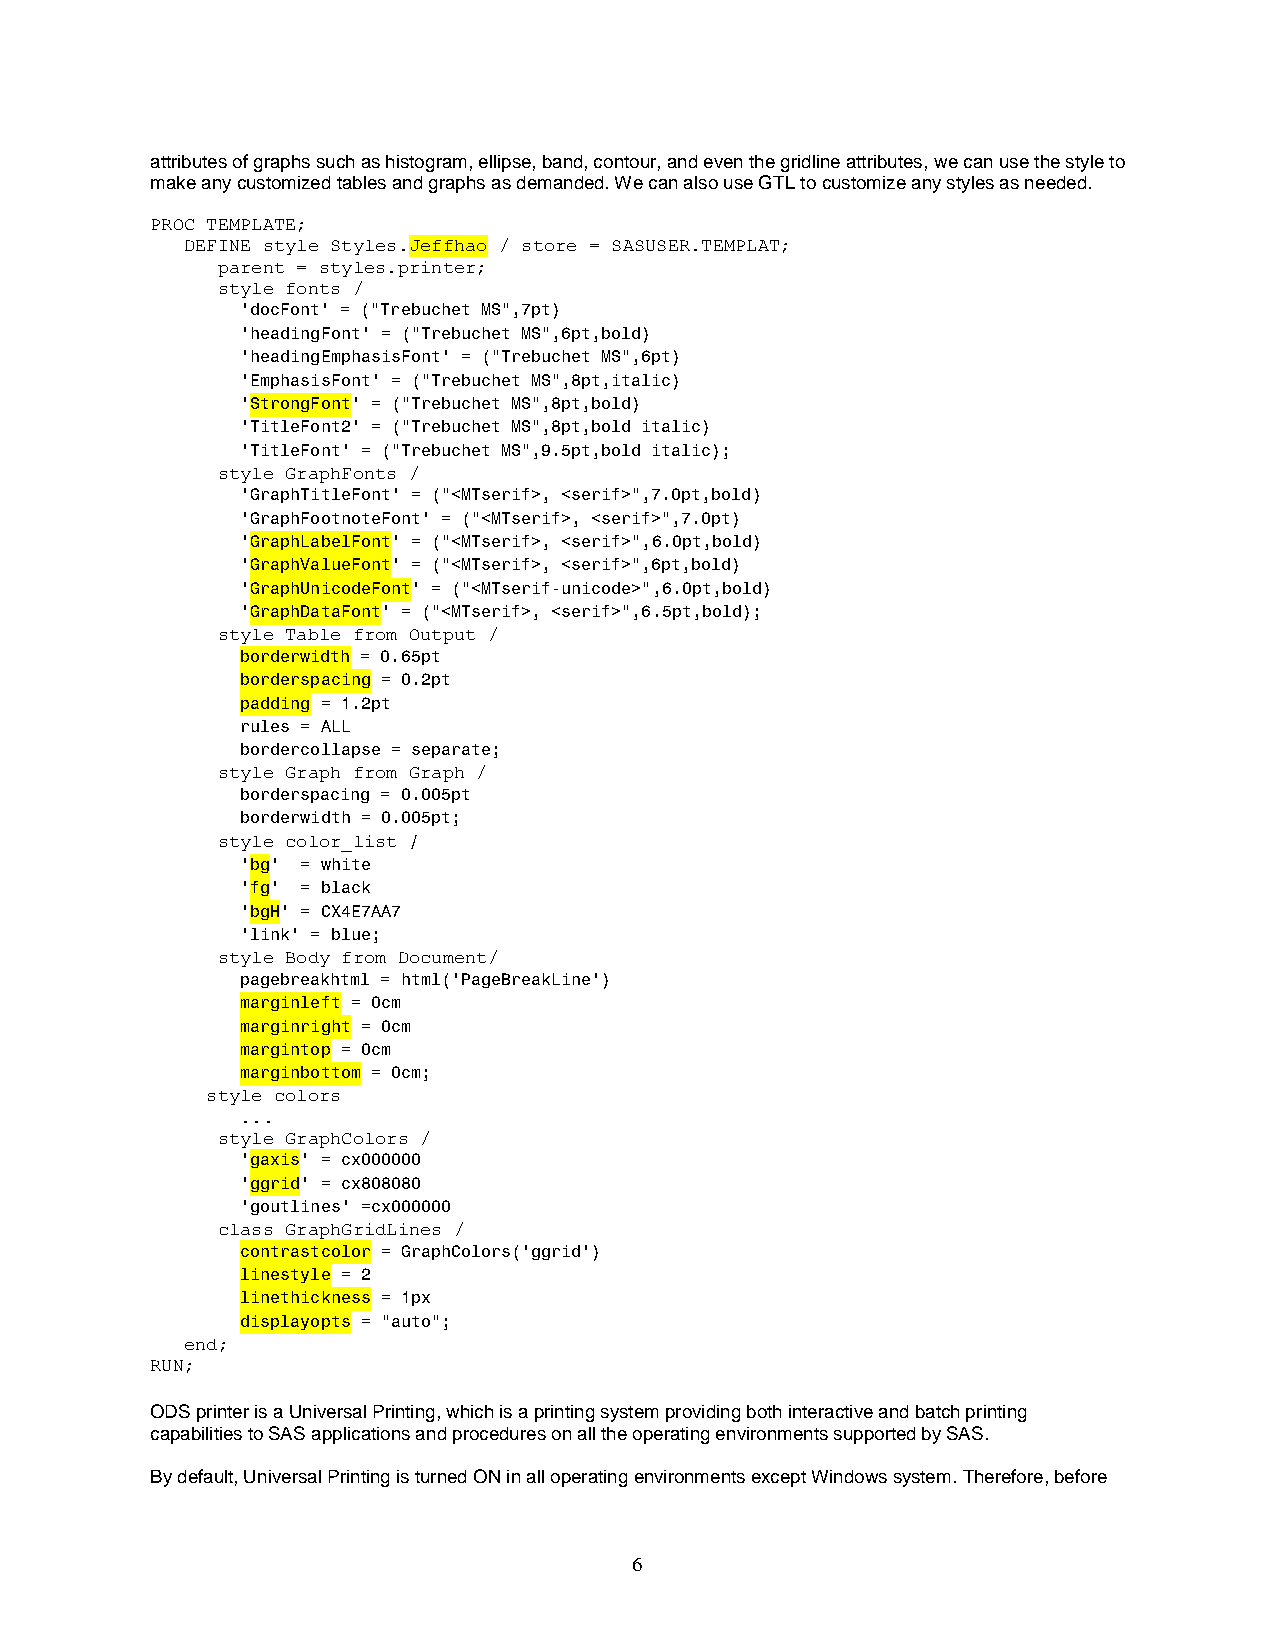
attributes of graphs such as histogram, ellipse, band, contour, and even the gridline attributes, we can use the style to
 make any customized tables and graphs as demanded. We can also use GTL to customize any styles as needed.
 PROC TEMPLATE;
 DEFINE style Styles.Jeffhao / store = SASUSER.TEMPLAT;
 parent = styles.printer;
 style fonts /
 'docFont' = ("Trebuchet MS",7pt)
 'headingFont' = ("Trebuchet MS",6pt,bold)
 'headingEmphasisFont' = ("Trebuchet MS",6pt)
 'EmphasisFont' = ("Trebuchet MS",8pt,italic)
 'StrongFont' = ("Trebuchet MS",8pt,bold)
 'TitleFont2' = ("Trebuchet MS",8pt,bold italic)
 'TitleFont' = ("Trebuchet MS",9.5pt,bold italic);
 style GraphFonts /
 'GraphTitleFont' = ("<MTserif>, <serif>",7.0pt,bold)
 'GraphFootnoteFont' = ("<MTserif>, <serif>",7.0pt)
 'GraphLabelFont' = ("<MTserif>, <serif>",6.0pt,bold)
 'GraphValueFont' = ("<MTserif>, <serif>",6pt,bold)
 'GraphUnicodeFont' = ("<MTserif-unicode>",6.0pt,bold)
 'GraphDataFont' = ("<MTserif>, <serif>",6.5pt,bold);
 style Table from Output /
 borderwidth = 0.65pt
 borderspacing = 0.2pt
 padding = 1.2pt
 rules = ALL
 bordercollapse = separate;
 style Graph from Graph /
 borderspacing = 0.005pt
 borderwidth = 0.005pt;
 style color_list /
 'bg' = white
 'fg' = black
 'bgH' = CX4E7AA7
 'link' = blue;
 style Body from Document/
 pagebreakhtml = html('PageBreakLine')
 marginleft = 0cm
 marginright = 0cm
 margintop = 0cm
 marginbottom = 0cm;
 style colors
 ...
 style GraphColors /
 'gaxis' = cx000000
 'ggrid' = cx808080
 'goutlines' =cx000000
 class GraphGridLines /
 contrastcolor = GraphColors('ggrid')
 linestyle = 2
 linethickness = 1px
 displayopts = "auto";
 end;
 RUN;
 ODS printer is a Universal Printing, which is a printing system providing both interactive and batch printing
 capabilities to SAS applications and procedures on all the operating environments supported by SAS.
 By default, Universal Printing is turned ON in all operating environments except Windows system. Therefore, before
 6